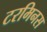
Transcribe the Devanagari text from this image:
टरमिनस